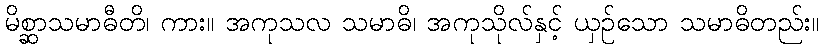
မိစ္ဆာသမာဓီတိ၊ ကား။ အကုသလ သမာဓိ၊ အကုသိုလ်နှင့် ယှဉ်သော သမာဓိတည်း။